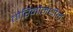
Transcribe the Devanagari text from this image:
तोरिनोमधील